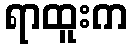
ရာထူးက